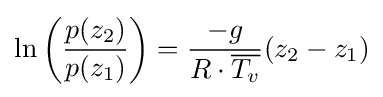
\ln \left({\frac {p(z_{2})}{p(z_{1})}}\right)={\frac {-g}{R\cdot {\overline {T_{v}}}}}(z_{2}-z_{1})